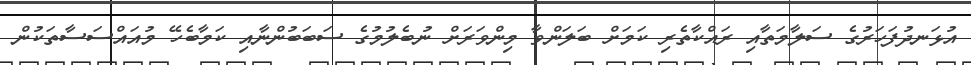
އުޅަނދުފަހަރުގެ ސަލާމަތާއި ރައްކާތެރި ކަމަށް ބަލަންވާ މިންވަރަށް ނުބެލުމުގެ ސަބަބުންނާއި ކަމާބެހޭ މުއައްސަސާތަކުން